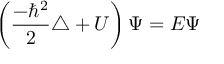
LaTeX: \left( { \frac { - \hbar ^ { 2 } } { 2 } } \triangle + { \cal U } \right) \Psi = E \Psi